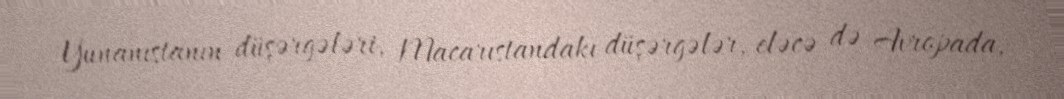
Yunanıstanın düşərgələri, Macarıstandakı düşərgələr, eləcə də Avropada,